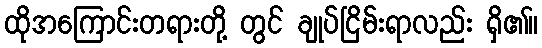
ထိုအကြောင်းတရားတို့ တွင် ချုပ်ငြိမ်းရာလည်း ရှိ၏။